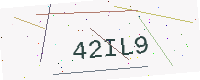
Text: 42IL9